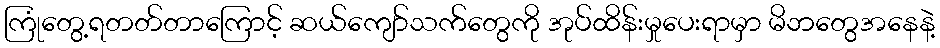
ကြုံတွေ့ရတတ်တာကြောင့် ဆယ်ကျော်သက်တွေကို အုပ်ထိန်းမှုပေးရာမှာ မိဘတွေအနေနဲ့